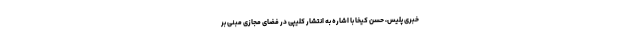
خبری پلیس، حسن کیخا با اشاره به انتشار کلیپی در فضای مجازی مبنی بر